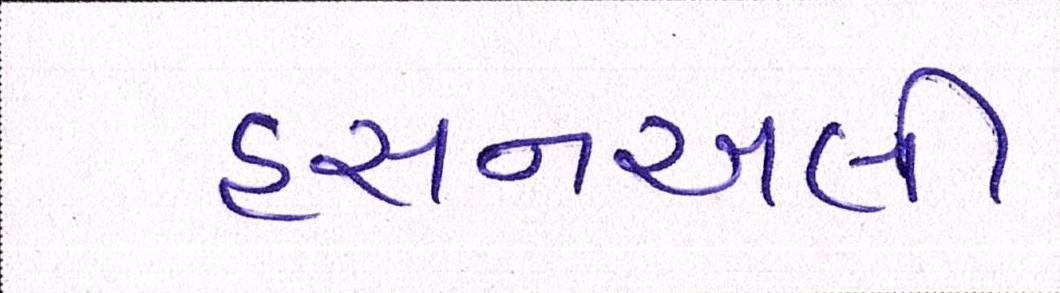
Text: હસનઅલી